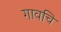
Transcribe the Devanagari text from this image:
गावचि